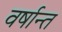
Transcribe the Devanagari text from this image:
वर्षान्त